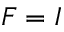
F = I